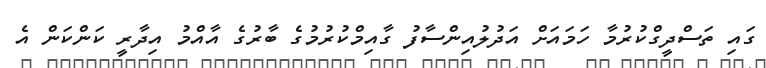
ގައި ތަސްދީގްކުރުމާ ހަމައަށް އަދުލުއިންސާފު ގާއިމްކުރުމުގެ ބާރުގެ އާއްމު އިދާރީ ކަންކަން އެ